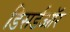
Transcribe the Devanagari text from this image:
डिसर्डऑर